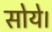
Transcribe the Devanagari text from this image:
सोये।